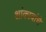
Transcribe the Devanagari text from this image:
शांकावांचे